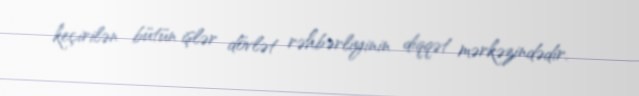
keçirilən bütün işlər dövlət rəhbərliyinin diqqət mərkəzindədir.